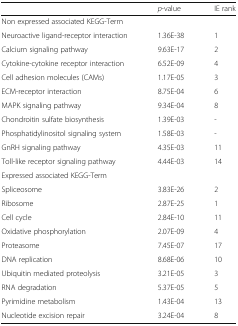
<table><thead><tr><td></td><td><b><i>p</i>-value</b></td><td><b>IE rank</b></td></tr></thead><tbody><tr><td colspan="3">Non expressed associated KEGG-Term</td></tr><tr><td>Neuroactive ligand-receptor interaction</td><td>1.36E-38</td><td>1</td></tr><tr><td>Calcium signaling pathway</td><td>9.63E-17</td><td>2</td></tr><tr><td>Cytokine-cytokine receptor interaction</td><td>6.52E-09</td><td>4</td></tr><tr><td>Cell adhesion molecules (CAMs)</td><td>1.17E-05</td><td>3</td></tr><tr><td>ECM-receptor interaction</td><td>8.75E-04</td><td>6</td></tr><tr><td>MAPK signaling pathway</td><td>9.34E-04</td><td>8</td></tr><tr><td>Chondroitin sulfate biosynthesis</td><td>1.39E-03</td><td>-</td></tr><tr><td>Phosphatidylinositol signaling system</td><td>1.58E-03</td><td>-</td></tr><tr><td>GnRH signaling pathway</td><td>4.35E-03</td><td>11</td></tr><tr><td>Toll-like receptor signaling pathway</td><td>4.44E-03</td><td>14</td></tr><tr><td colspan="3">Expressed associated KEGG-Term</td></tr><tr><td>Spliceosome</td><td>3.83E-26</td><td>2</td></tr><tr><td>Ribosome</td><td>2.87E-25</td><td>1</td></tr><tr><td>Cell cycle</td><td>2.84E-10</td><td>11</td></tr><tr><td>Oxidative phosphorylation</td><td>2.07E-09</td><td>4</td></tr><tr><td>Proteasome</td><td>7.45E-07</td><td>17</td></tr><tr><td>DNA replication</td><td>8.68E-06</td><td>10</td></tr><tr><td>Ubiquitin mediated proteolysis</td><td>3.21E-05</td><td>3</td></tr><tr><td>RNA degradation</td><td>5.37E-05</td><td>5</td></tr><tr><td>Pyrimidine metabolism</td><td>1.43E-04</td><td>13</td></tr><tr><td>Nucleotide excision repair</td><td>3.24E-04</td><td>8</td></tr></tbody></table>